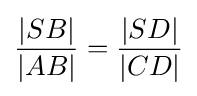
{\frac {|SB|}{|AB|}}={\frac {|SD|}{|CD|}}